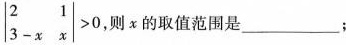
$$ \begin {vmatrix} 2 & 1 \\ 3-x & x \end {vmatrix} | > 0$$，则x的取值范围是_______；